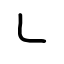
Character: ㇄